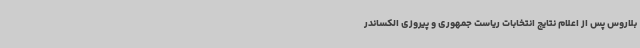
بلاروس پس از اعلام نتایج انتخابات ریاست جمهوری و پیروزی الکساندر